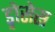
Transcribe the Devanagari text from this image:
ड्नोसेस